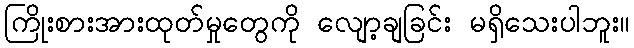
ကြိုးစားအားထုတ်မှုတွေကို လျော့ချခြင်း မရှိသေးပါဘူး။